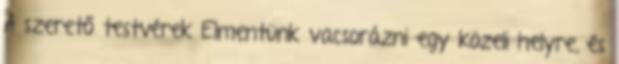
A szerető testvérek Elmentünk vacsorázni egy közeli helyre, és